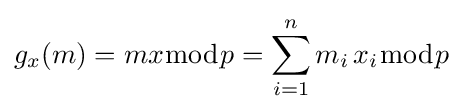
g_{x}(m)=mx{\bmod {p}}=\sum _{i=1}^{n}m_{i}\,x_{i}{\bmod {p}}